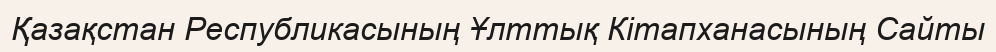
Қазақстан Республикасының Ұлттық Кітапханасының Сайты